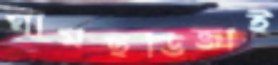
ঘামছডিজাই